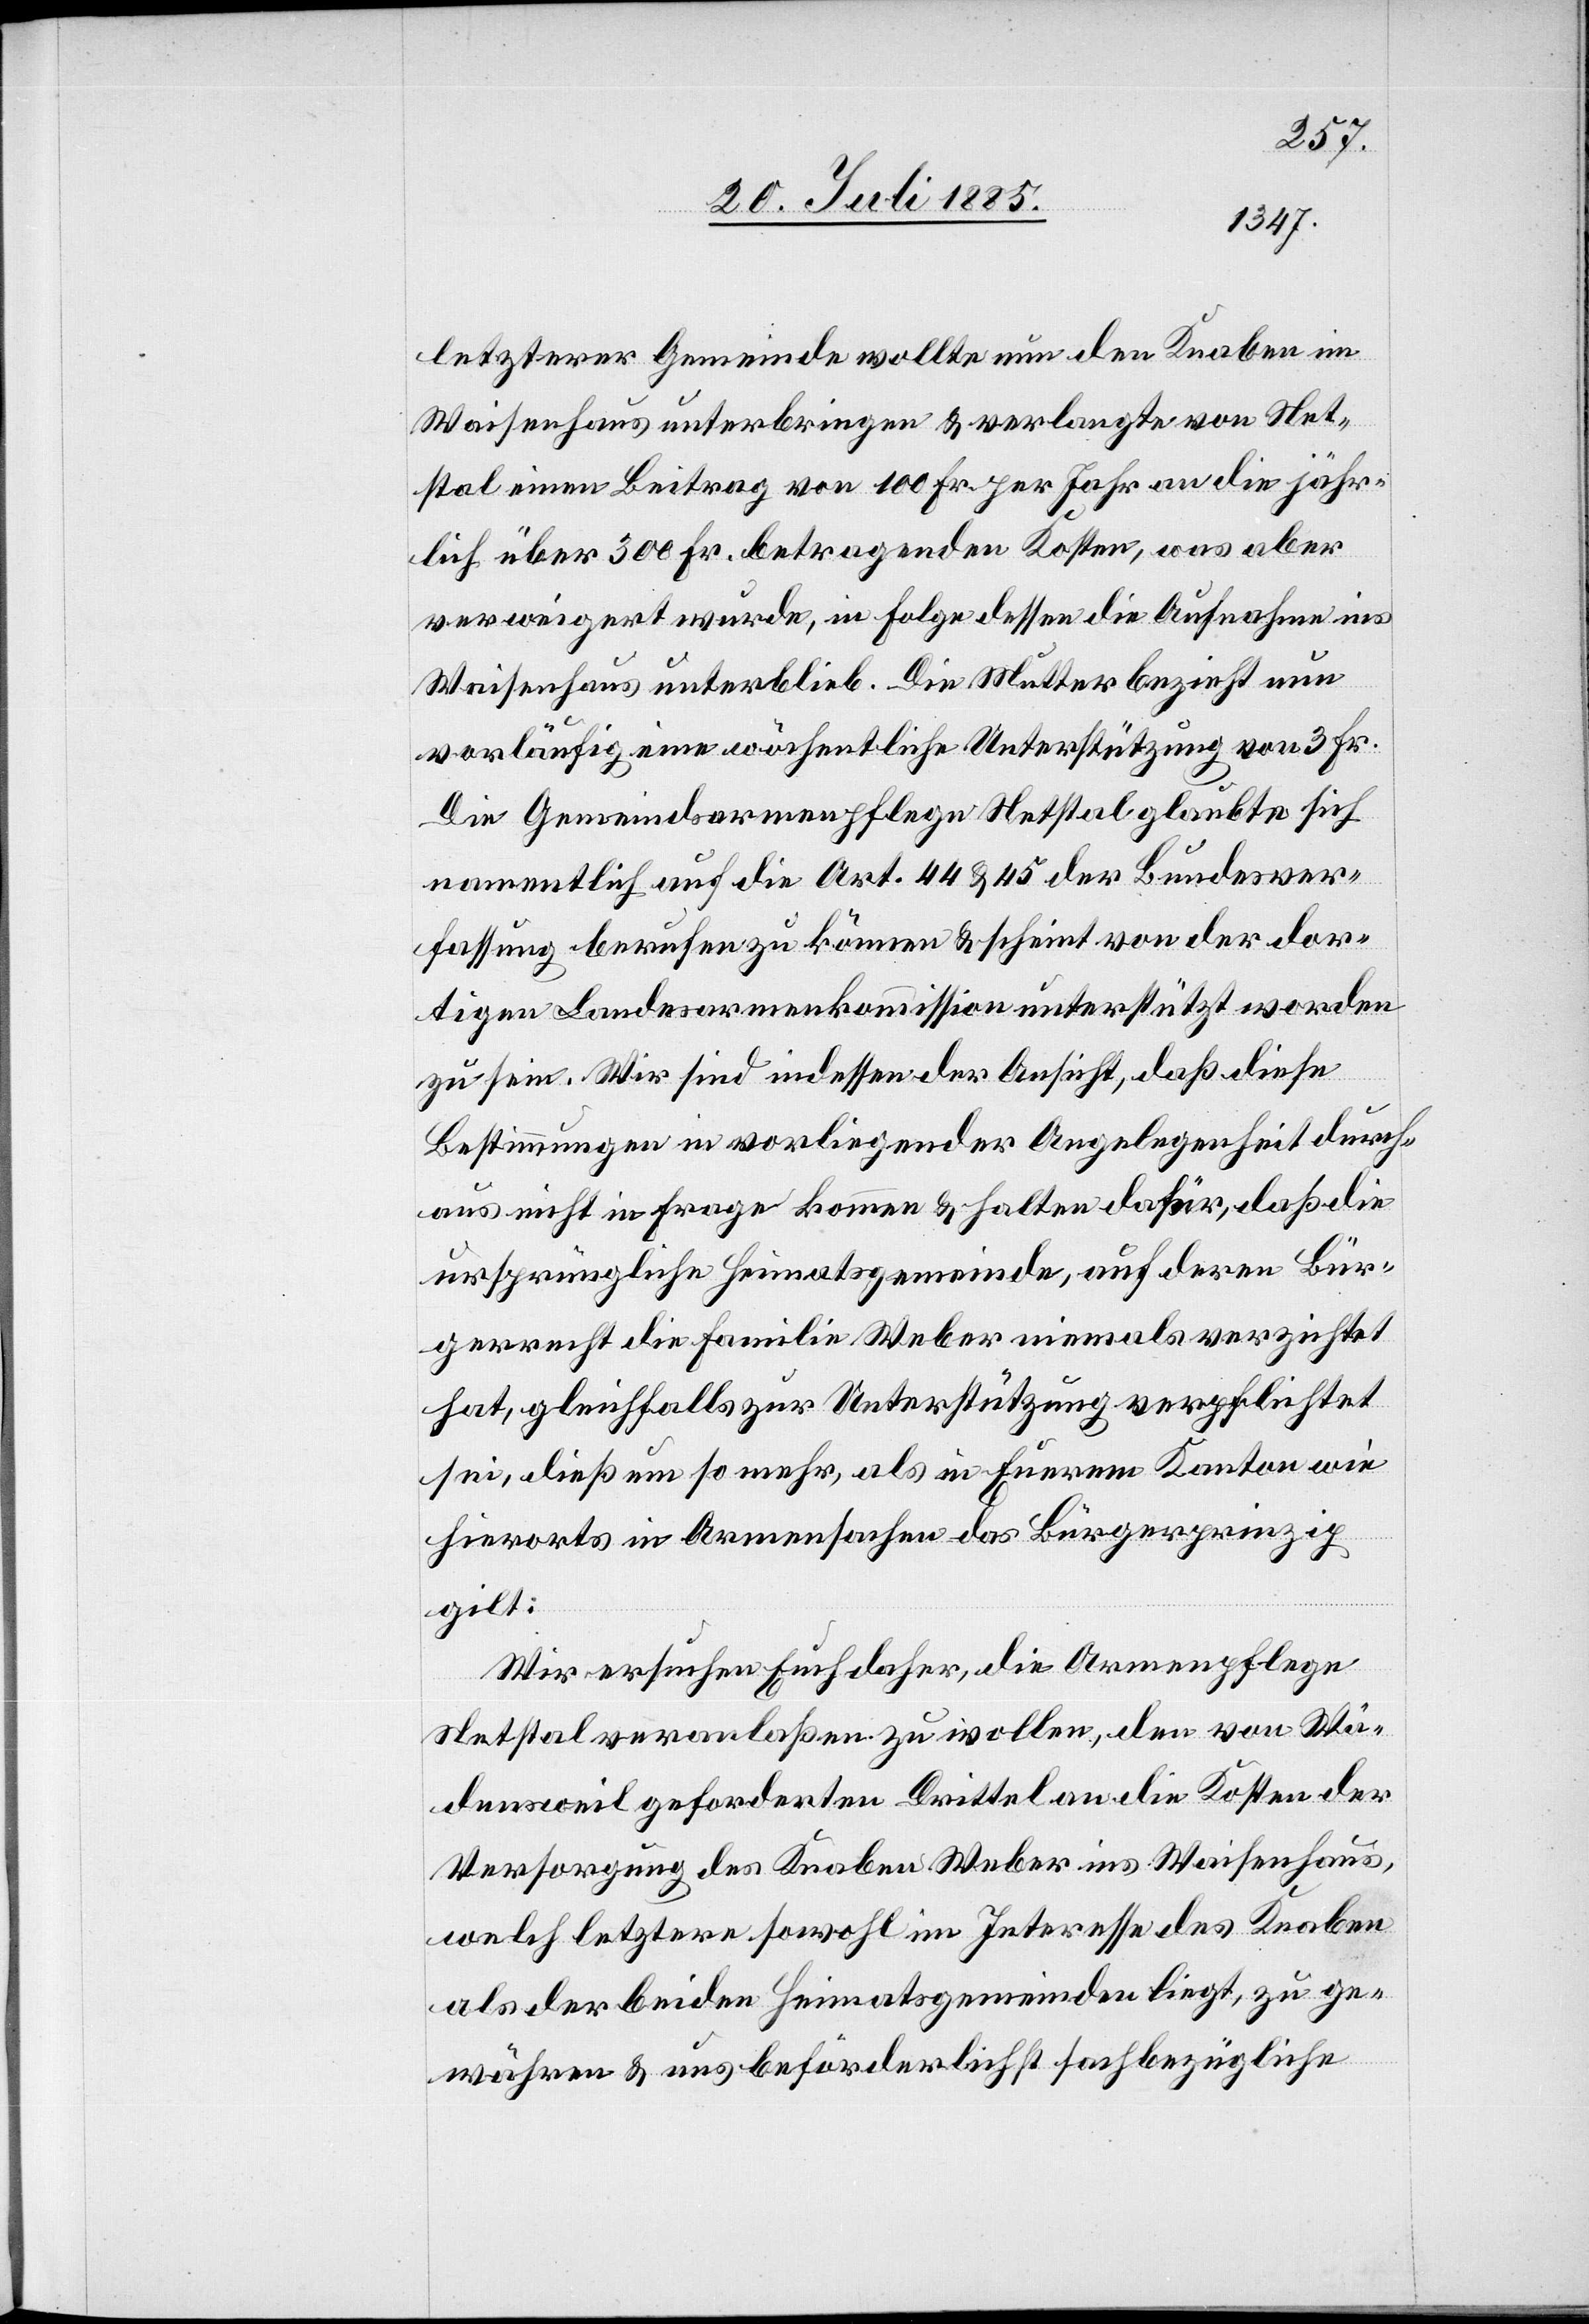
letzterer Gemeinde wollte nun den Knaben im
Waisenhaus unterbringen & verlangte von Net¬
stal einen Betrag von 100 Fr. per Jahr an die jähr¬
lich über 300 Fr. betragenden Kosten, was aber
verweigert wurde, in Folge dessen die Aufnahme ins
Waisenhaus unterblieb. die Mutter bezieht nun
vorläufig eine wöchentliche Unterstützung von 3 Fr.
Die Gemeindearmenpflege Netstal glaubte sich
namentlich auf die Art. 44 & 45 der Bundesver¬
fassung berufen zu können & scheint von der dor¬
tigen Landesarmenkommission unterstützt worden
zu sein. Wir sind indessen der Ansicht, daß diese
Bestimmungen in vorliegender Angelegenheit durch¬
aus nicht in Frage kommen & halten dafür, daß die
ursprüngliche Heimatsgemeinde, auf deren Bür¬
gerrecht die Familie Weber niemals verzichtet
hat, gleichfalls zur Unterstützung verpflichtet
sei, dieß um so mehr, als in Euerem Kanton wie
hierorts in Armensachen das Bürgerprinzip
gilt:
Wir ersuchen Euch daher, die Armenpflege
Netstal veranlaßen zu wollen, den von Wä¬
densweil geforderten Drittel an die Kosten der
Versorgung des Knaben Weber ins Waisenhaus,
welch letztere sowohl im Interesse des Knaben
als der beiden Heimatsgemeinden liegt, zu ge¬
währen & uns beförderlichst sachbezügliche